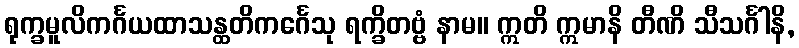
ရုက္ခမူလိကင်္ဂယထာသန္ထတိကင်္ဂေသု ရက္ခိတဗ္ဗံ နာမ။ ဣတိ ဣမာနိ တီဏိ သီသင်္ဂါနိ,